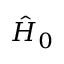
\hat { H } _ { 0 }